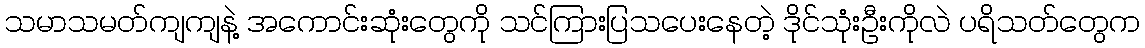
သမာသမတ်ကျကျနဲ့ အကောင်းဆုံးတွေကို သင်ကြားပြသပေးနေတဲ့ ဒိုင်သုံးဦးကိုလဲ ပရိသတ်တွေက